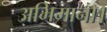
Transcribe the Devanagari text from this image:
अभिमाना।